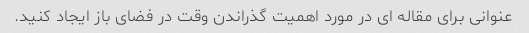
عنوانی برای مقاله ای در مورد اهمیت گذراندن وقت در فضای باز ایجاد کنید.